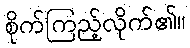
စိုက်ကြည့်လိုက်၏။